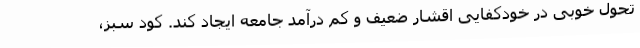
تحول خوبی در خودکفایی اقشار ضعیف و کم درآمد جامعه ایجاد کند. کود سبز،